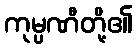
ကုမ္ပဏီတို့၏